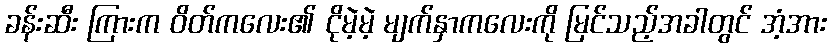
ခန်းဆီး ကြားက ဝိတ်ကလေး၏ ငိုမဲ့မဲ့ မျက်နှာကလေးကို မြင်သည့်အခါတွင် အံ့အား